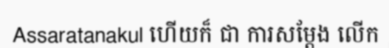
Assaratanakul ហើយក៏ ជា ការសម្តែង លើក